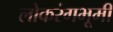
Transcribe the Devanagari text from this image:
लोकरंगभूमी